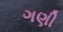
ગણી